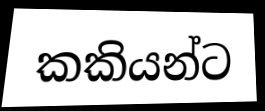
කකියන්ට